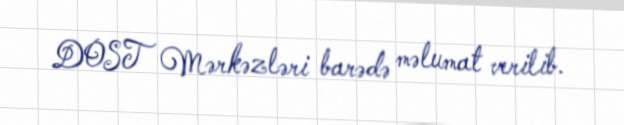
DOST Mərkəzləri barədə məlumat verilib.